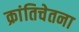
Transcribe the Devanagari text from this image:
क्रांतिचेतना